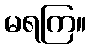
မရကြ။